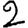
Digit: 2